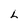
Character: L